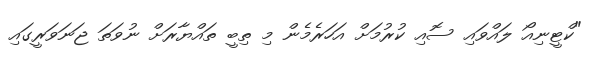
"ކްޓީނިއޯ ލައްވައި ސޮއި ކުރުމަށް އަހަރެމެން މި ތިބީ ތައްޔާރަށް ނުވަތަ ޖަނަވަރީގައި